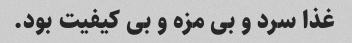
غذا سرد و بی مزه و بی کیفیت بود.